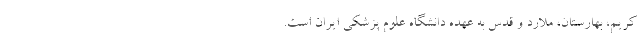
کریم، بهارستان، ملارد و قدس به عهده دانشگاه علوم پزشکی ایران است.